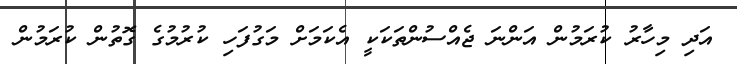
އަދި މިހާރު ކުރަމުން އަންނަ ޖެއްސުންތަކަކީ އެކަމަށް މަގުފަހި ކުރުމުގެ ގޮތުން ކުރަމުން